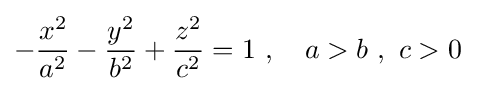
-{\frac {x^{2}}{a^{2}}}-{\frac {y^{2}}{b^{2}}}+{\frac {z^{2}}{c^{2}}}=1\ ,\quad a>b\ ,\ c>0\